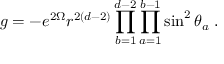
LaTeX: g = - e ^ { 2 \Omega } r ^ { 2 ( d - 2 ) } \prod _ { b = 1 } ^ { d - 2 } \prod _ { a = 1 } ^ { b - 1 } \sin ^ { 2 } \theta _ { a } \; .